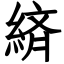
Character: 緕